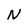
Character: N